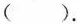
( )。